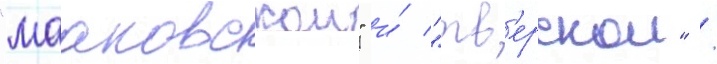
"мааковскои" и́ "тв'ерскои" /